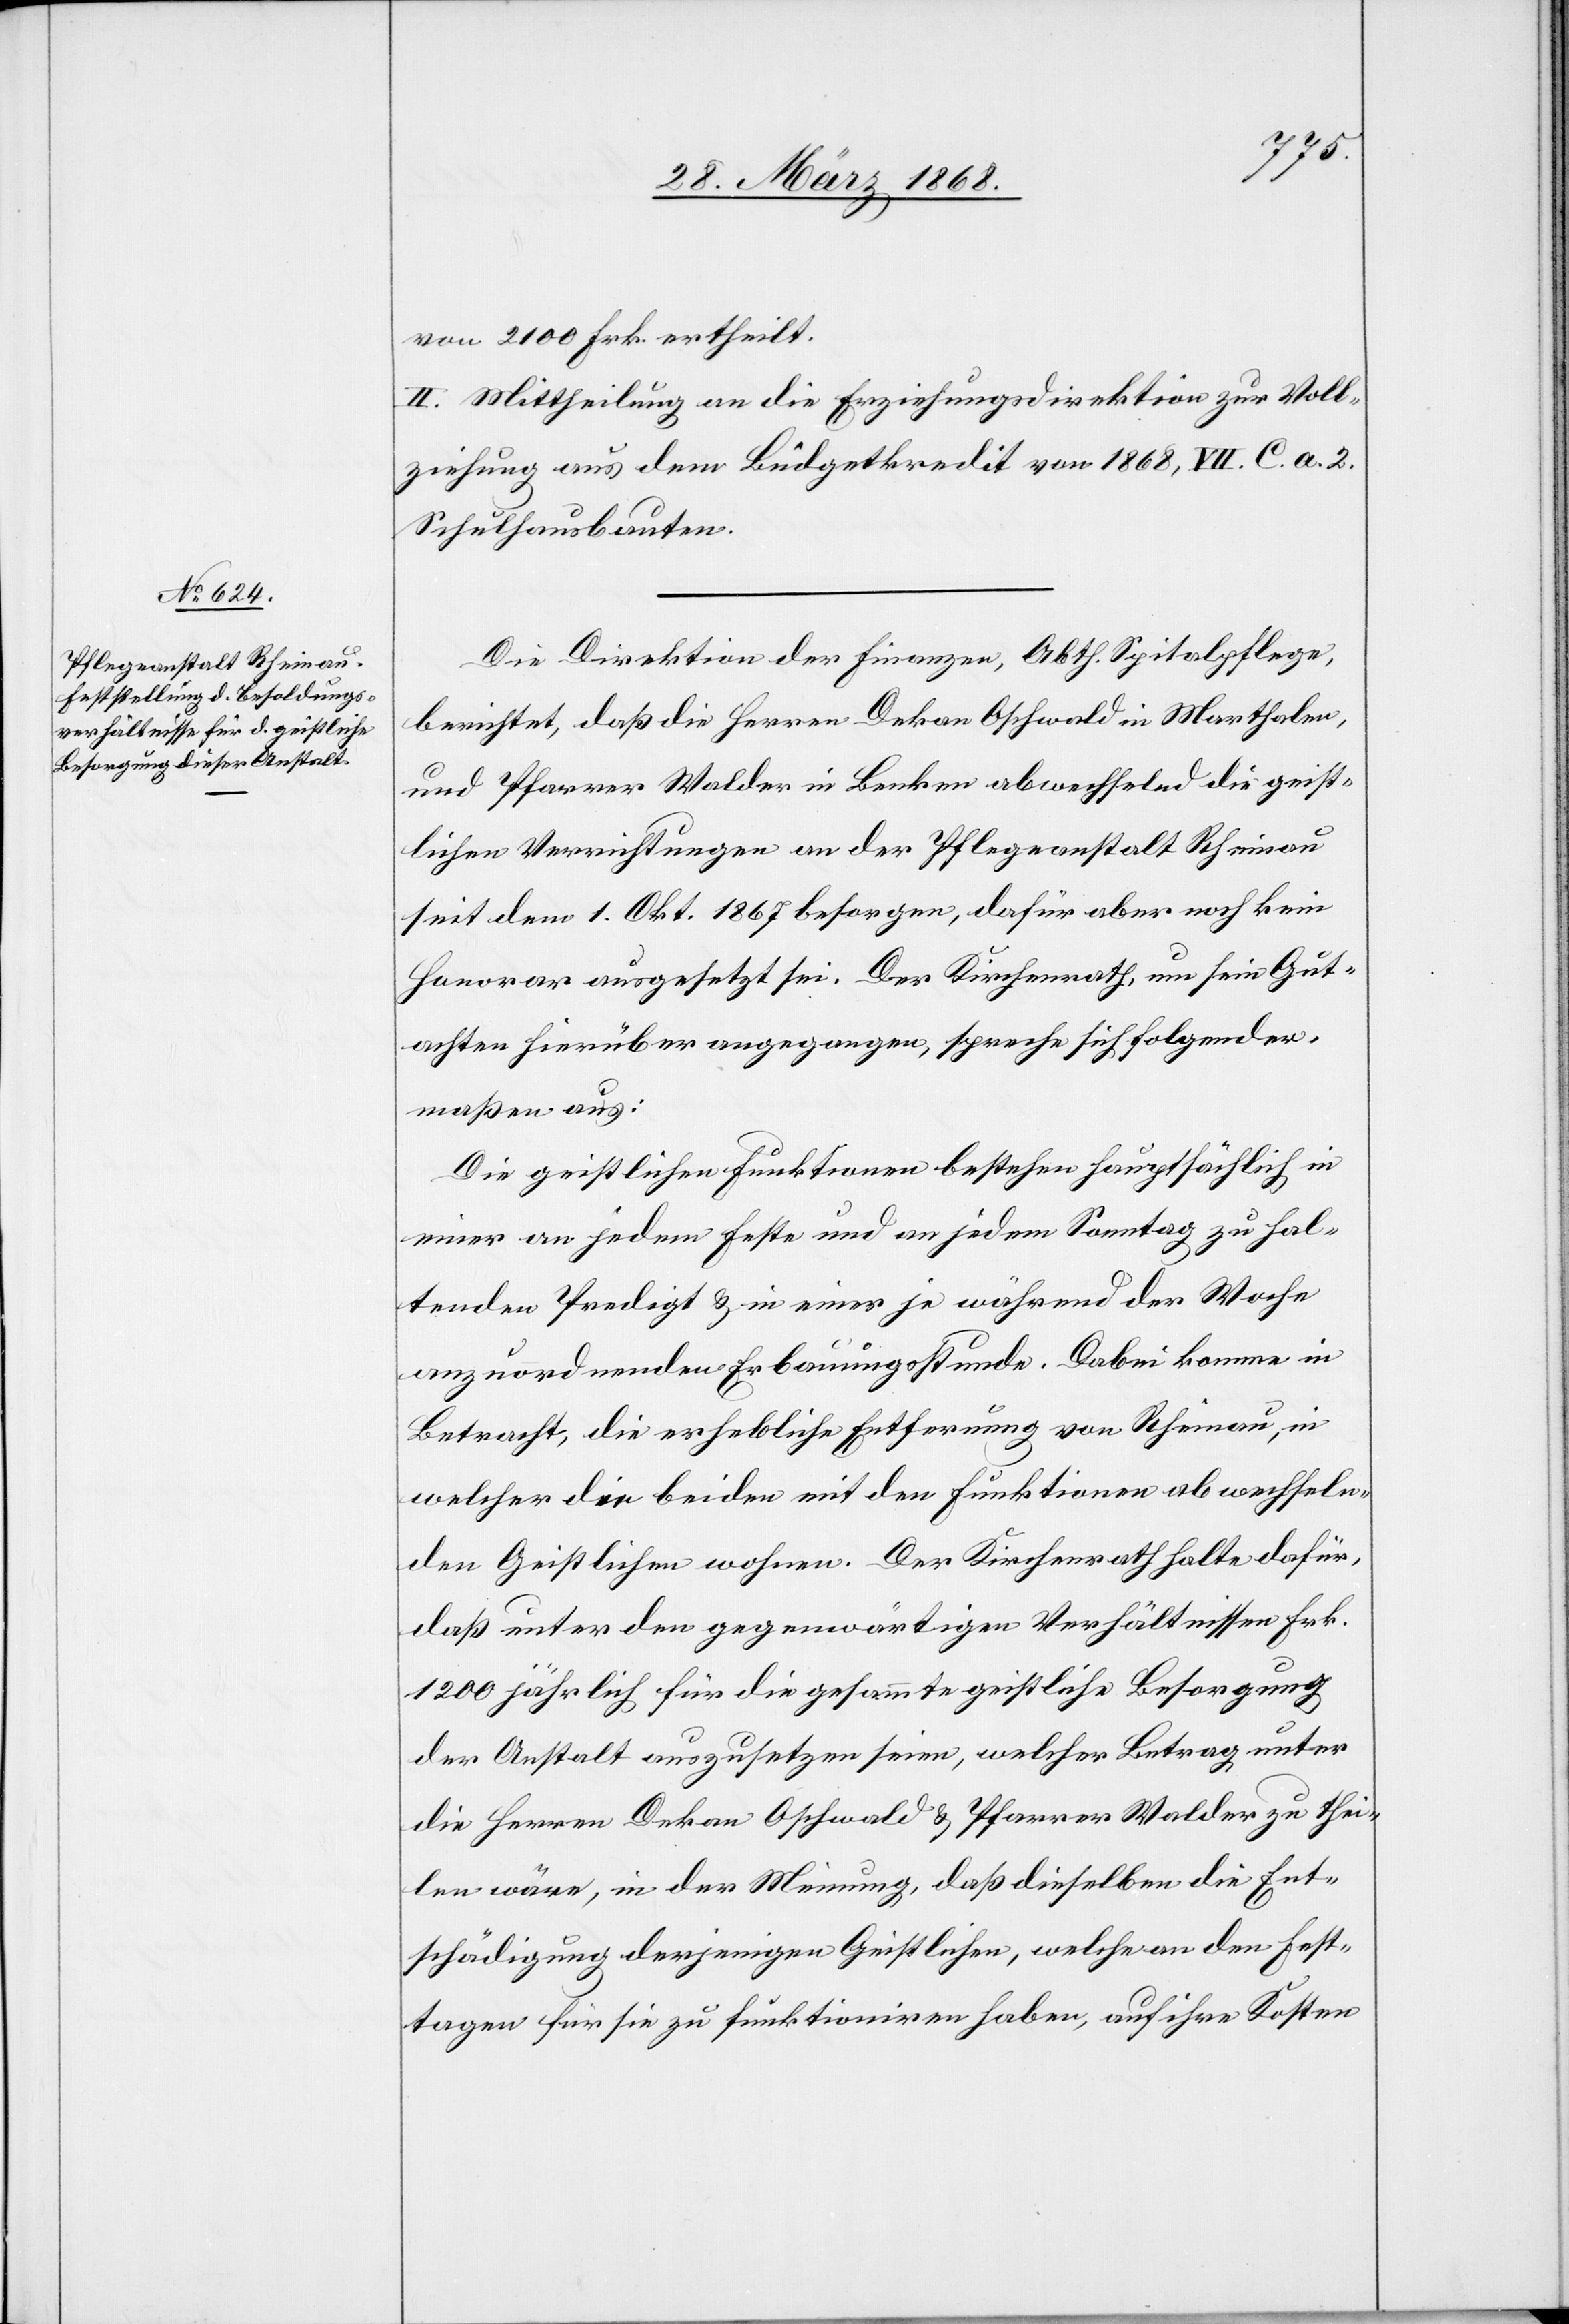
von 2100 Frk. ertheilt.
II. Mittheilung an die Erziehungsdirektion zur Voll¬
ziehung aus dem Büdgetkredit von 1868, VII. C. a. 2.
Schulhausbauten.
Die Direktion der Finanzen, Abth. Spitalpflege,
berichtet, daß die Herren Dekan Oschwald in Marthalen,
und Pfarrer Walder in Benken abwechselnd die geist¬
lichen Verrichtungen an der Pflegeanstalt Rheinau
seit dem 1. Okt. 1867 besorgen, dafür aber noch kein
Honorar ausgesetzt sei. Der Kirchenrath, um sein Gut¬
achten hierüber angegangen, spreche sich folgender¬
maßen aus:
Die geistlichen Funktionen bestehen hauptsächlich in
einer an jedem Feste und an jedem Sonntag zu hal¬
tenden Predigt & in einer je während der Woche
anzuordnenden Erbauungsstunde. Dabei komme in
Betracht, die erhebliche Entfernung von Rheinau, in
welcher die beiden mit den Funktionen abwechseln¬
den Geistlichen wohnen. Der Kirchenrath halte dafür,
daß unter den gegenwärtigen Verhältnissen Frk.
1200 jährlich für die gesammte geistliche Besorgung
der Anstalt auszusetzen seien, welcher Betrag unter
die Herren Dekan Oschwald & Pfarrer Walder zu thei¬
len wäre, in der Meinung, daß dieselben die Ent¬
schädigung derjenigen Geistlichen, welche an den Fest¬
tagen für sie zu funktioniren haben, auf ihre Kosten